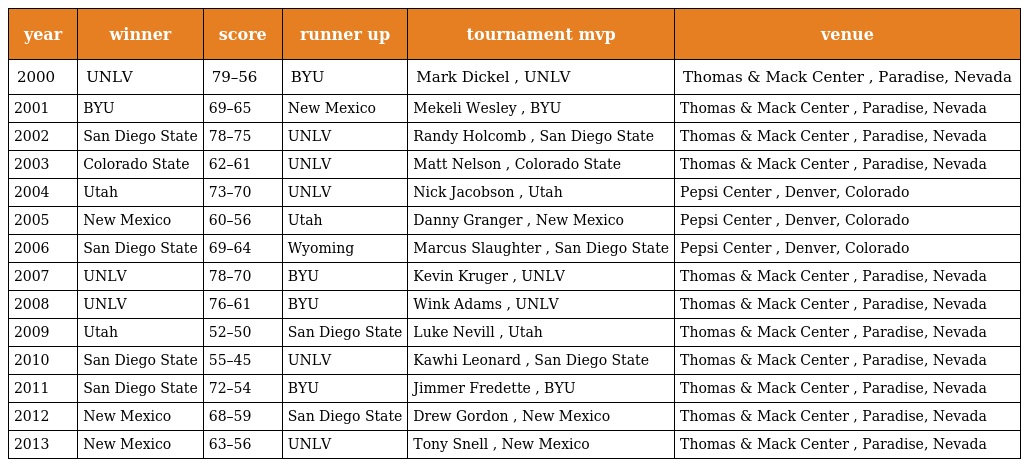
| year | winner | score | runner up | tournament mvp | venue |
 | --- | --- | --- | --- | --- | --- |
 | 2000 | UNLV | 79–56 | BYU | Mark Dickel , UNLV | Thomas & Mack Center , Paradise, Nevada |
 | 2001 | BYU | 69–65 | New Mexico | Mekeli Wesley , BYU | Thomas & Mack Center , Paradise, Nevada |
 | 2002 | San Diego State | 78–75 | UNLV | Randy Holcomb , San Diego State | Thomas & Mack Center , Paradise, Nevada |
 | 2003 | Colorado State | 62–61 | UNLV | Matt Nelson , Colorado State | Thomas & Mack Center , Paradise, Nevada |
 | 2004 | Utah | 73–70 | UNLV | Nick Jacobson , Utah | Pepsi Center , Denver, Colorado |
 | 2005 | New Mexico | 60–56 | Utah | Danny Granger , New Mexico | Pepsi Center , Denver, Colorado |
 | 2006 | San Diego State | 69–64 | Wyoming | Marcus Slaughter , San Diego State | Pepsi Center , Denver, Colorado |
 | 2007 | UNLV | 78–70 | BYU | Kevin Kruger , UNLV | Thomas & Mack Center , Paradise, Nevada |
 | 2008 | UNLV | 76–61 | BYU | Wink Adams , UNLV | Thomas & Mack Center , Paradise, Nevada |
 | 2009 | Utah | 52–50 | San Diego State | Luke Nevill , Utah | Thomas & Mack Center , Paradise, Nevada |
 | 2010 | San Diego State | 55–45 | UNLV | Kawhi Leonard , San Diego State | Thomas & Mack Center , Paradise, Nevada |
 | 2011 | San Diego State | 72–54 | BYU | Jimmer Fredette , BYU | Thomas & Mack Center , Paradise, Nevada |
 | 2012 | New Mexico | 68–59 | San Diego State | Drew Gordon , New Mexico | Thomas & Mack Center , Paradise, Nevada |
 | 2013 | New Mexico | 63–56 | UNLV | Tony Snell , New Mexico | Thomas & Mack Center , Paradise, Nevada |